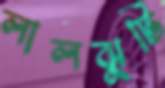
লালঝুটি